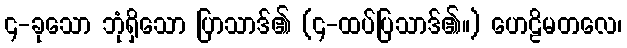
၄-ခုသော ဘုံရှိသော ပြာသာဒ်၏ (၄-ထပ်ပြသာဒ်၏။) ဟေဠိမတလေ၊